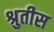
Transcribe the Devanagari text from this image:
श्रुतीस